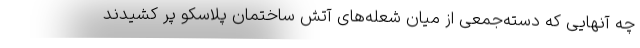
چه آنهایی که دسته‌جمعی از میان شعله‌های آتش ساختمان پلاسکو پر کشیدند